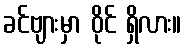
ခင်ဗျားမှာ ဝိုင် ရှိလား။